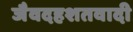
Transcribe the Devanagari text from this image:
जैवदहशतवादी